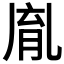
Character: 𦚯